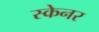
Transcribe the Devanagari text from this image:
स्‍केनर